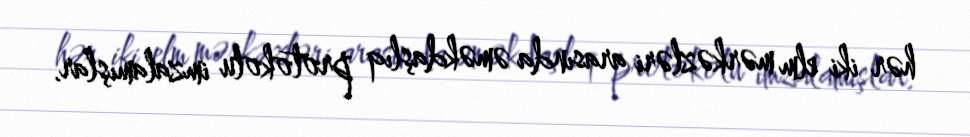
hər iki elm mərkəzləri arasında əməkdaşlıq protokolu imzalamışlar.